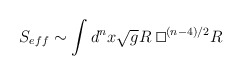
\begin{align*}S_{eff}\sim \int d^n x \sqrt{g} R ~\raisebox{.7ex}{\fbox{}}^{(n-4)/2} R\end{align*}